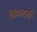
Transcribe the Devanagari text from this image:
किंकाळी